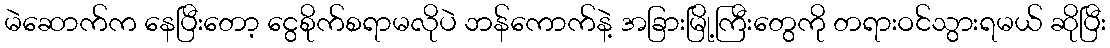
မဲဆောက်က နေပြီးတော့ ငွေစိုက်စရာမလိုပဲ ဘန်ကောက်နဲ့ အခြားမြို့ကြီးတွေကို တရားဝင်သွားရမယ် ဆိုပြီး